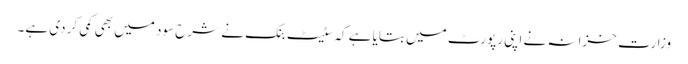
وزارت خزانہ نے اپنی رپورٹ میں بتایا ہے کہ سٹیٹ بنک نے شرح سود میں بھی کمی کر دی ہے۔